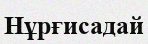
Нұрғисадай